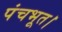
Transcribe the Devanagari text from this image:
पंचभूत।